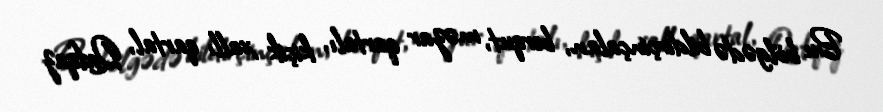
Bu bölgədə bildirçinçalan, berqut, məzar qartalı, kiçik xallı qartal, Qafqaz